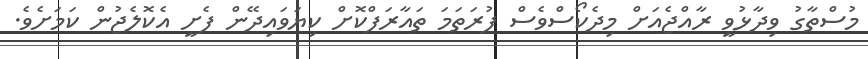
މުސްތާގު ވިދާޅުވީ ރާއްޖެއަށް މިދެކޯސްވެސް ފުރަތަމަ ތައާރަފްކޮށް ކިޔަވައިދޭން ފެށީ އެކޮލެޖުން ކަމަށެވެ.